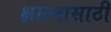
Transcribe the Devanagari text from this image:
क्षाल्नासाठी